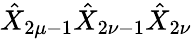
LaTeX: \hat{X}_{2\mu-1}\hat{X}_{2\nu-1}\hat{X}_{2\nu}